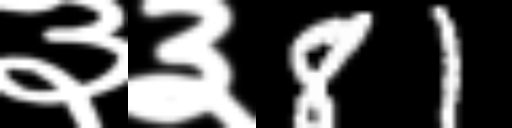
Text: ३३81